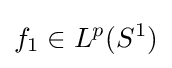
f_{1}\in L^{p}(S^{1})